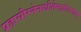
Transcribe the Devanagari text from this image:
प्रहासीरनेनाधीतेनाहोरात्रान्